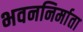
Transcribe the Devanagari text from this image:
भवननिर्माता